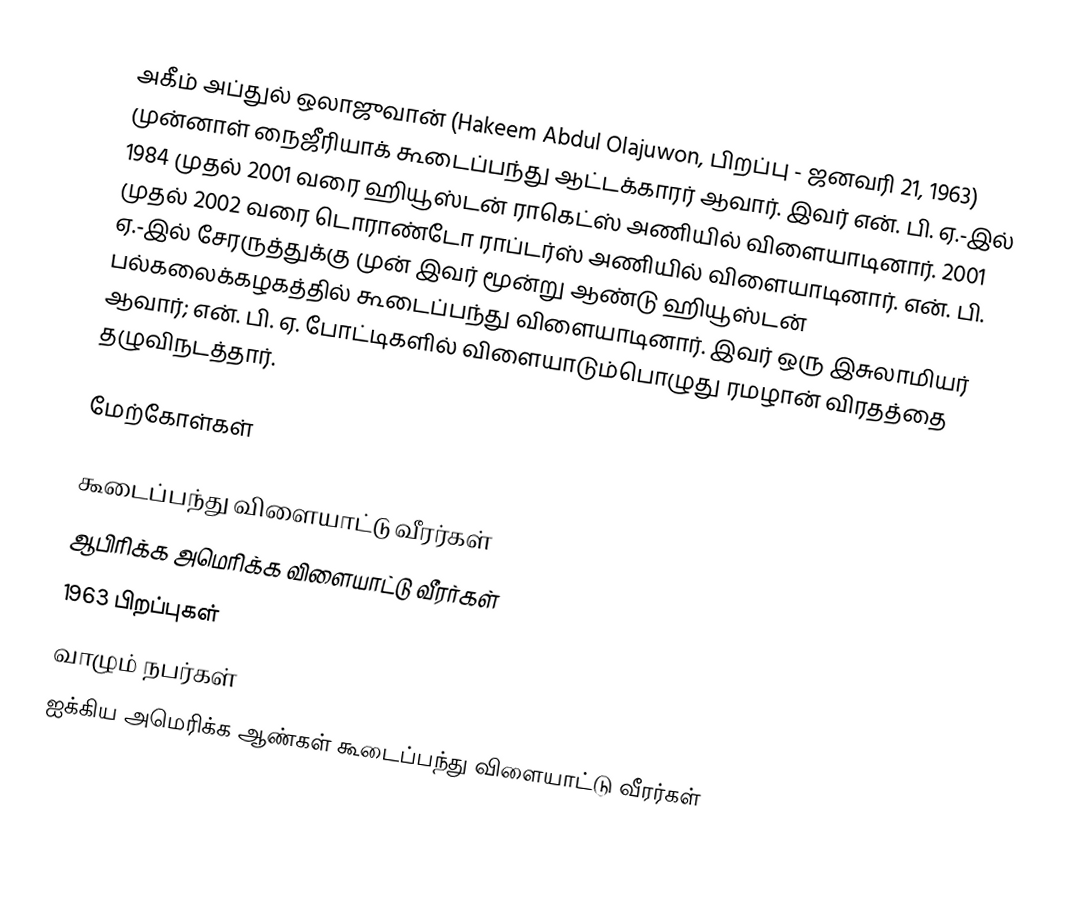
அகீம் அப்துல் ஒலாஜுவான் (Hakeem Abdul Olajuwon, பிறப்பு - ஜனவரி 21, 1963) முன்னாள் நைஜீரியாக் கூடைப்பந்து ஆட்டக்காரர் ஆவார். இவர் என். பி. ஏ.-இல் 1984 முதல் 2001 வரை ஹியூஸ்டன் ராகெட்ஸ் அணியில் விளையாடினார். 2001 முதல் 2002 வரை டொராண்டோ ராப்டர்ஸ் அணியில் விளையாடினார். என். பி. ஏ.-இல் சேரருத்துக்கு முன் இவர் மூன்று ஆண்டு ஹியூஸ்டன் பல்கலைக்கழகத்தில் கூடைப்பந்து விளையாடினார். இவர் ஒரு இசுலாமியர் ஆவார்; என். பி. ஏ. போட்டிகளில் விளையாடும்பொழுது ரமழான் விரதத்தை தழுவிநடத்தார்.

மேற்கோள்கள்

கூடைப்பந்து விளையாட்டு வீரர்கள்
ஆபிரிக்க அமெரிக்க விளையாட்டு வீரர்கள்
1963 பிறப்புகள்
வாழும் நபர்கள்
ஐக்கிய அமெரிக்க ஆண்கள் கூடைப்பந்து விளையாட்டு வீரர்கள்